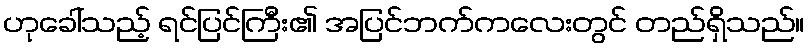
ဟုခေါ်သည့် ရင်ပြင်ကြီး၏ အပြင်ဘက်ကလေးတွင် တည်ရှိသည်။